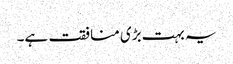
یہ بہت بڑی منافقت ہے۔